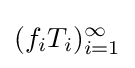
(f_{i}T_{i})_{i=1}^{\infty }